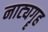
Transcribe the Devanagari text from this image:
नाट्यगॄह